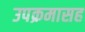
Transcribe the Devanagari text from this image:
उपक्रमासह